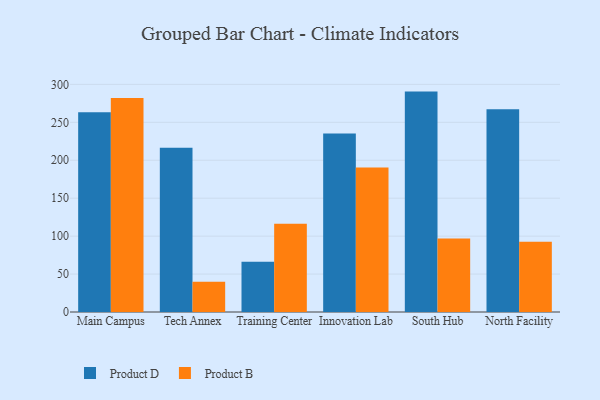
{"axis": {"x": "Campus", "y": "Population (Million)"}, "legend": ["Product B", "Product D"], "data": [{"x": "Main Campus", "y": 263.4, "type": "Product D"}, {"x": "Main Campus", "y": 282.1, "type": "Product B"}, {"x": "Tech Annex", "y": 216.4, "type": "Product D"}, {"x": "Tech Annex", "y": 39.8, "type": "Product B"}, {"x": "Training Center", "y": 66.3, "type": "Product D"}, {"x": "Training Center", "y": 116.3, "type": "Product B"}, {"x": "Innovation Lab", "y": 235.3, "type": "Product D"}, {"x": "Innovation Lab", "y": 190.4, "type": "Product B"}, {"x": "South Hub", "y": 290.5, "type": "Product D"}, {"x": "South Hub", "y": 96.8, "type": "Product B"}, {"x": "North Facility", "y": 267.3, "type": "Product D"}, {"x": "North Facility", "y": 92.7, "type": "Product B"}]}